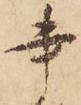
書